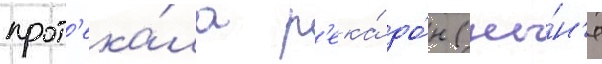
прот'ека́ла р'ека́ до́н (ны́н'е